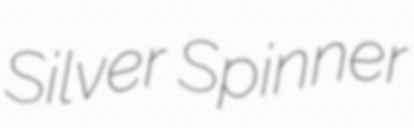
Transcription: Silver Spinner